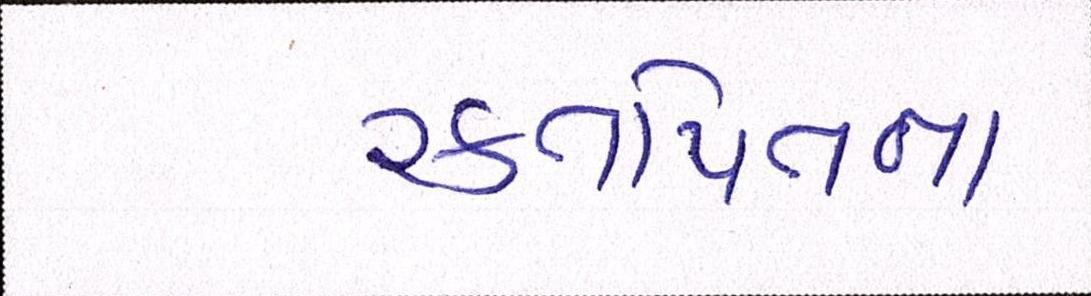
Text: રક્તપિતના